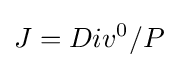
J=Div^{0}/P